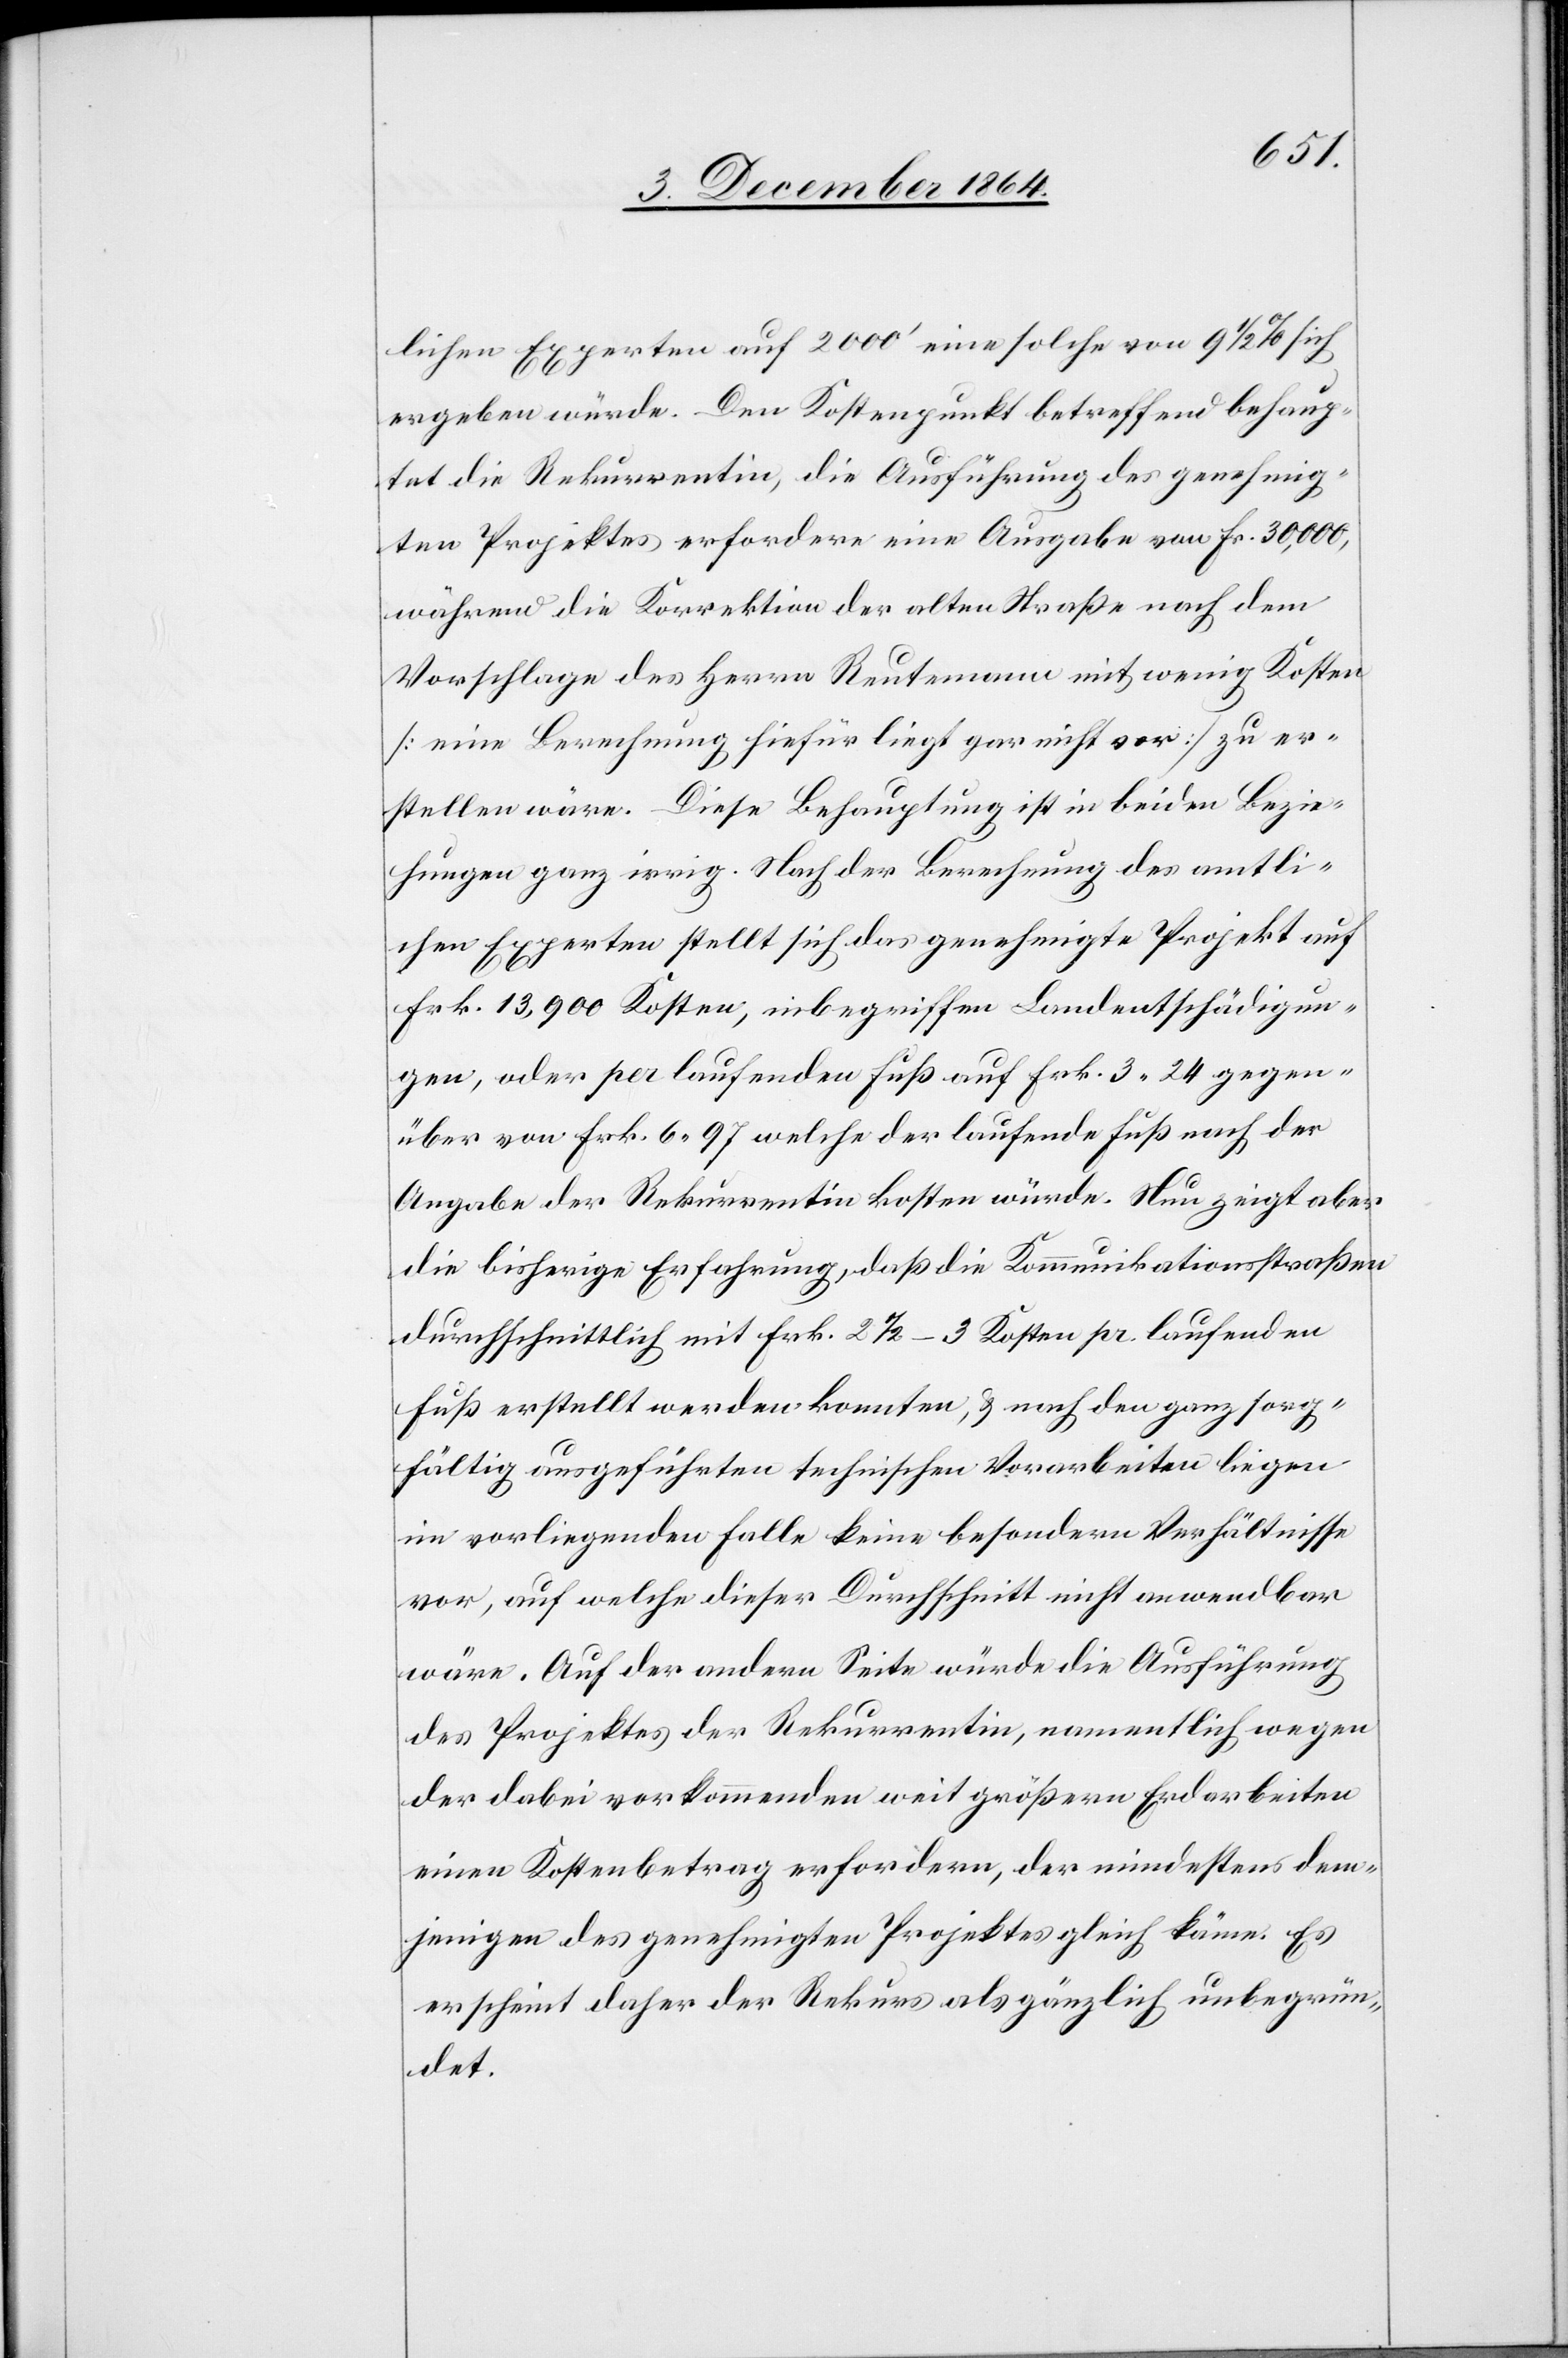
lichen Experten auf 200’ eine solche von 9 1/2% sich
ergeben würde. Den Kostenpunkt betreffend behaup¬
tet die Rekurrentin, die Ausführung des genehmig¬
ten Projektes erfordere eine Ausgabe von Fr. 30,000,
während die Korrektion der alten Straße nach dem
Vorschlage des Herrn Reutemann mit wenig Kosten
[eine Berechnung hiefür liegt gar nicht vor] zu er¬
stellen wäre. Diese Behauptung ist in beiden Bezie¬
hungen ganz irrig. Nach der Berechnung des amtli¬
chen Experten stellt sich das genehmigte Projekt auf
Frk. 13,900 Kosten, inbegriffen Landentschädigun¬
gen, oder per laufenden Fuß auf Frk. 3.24 gegen¬
über von Frk. 6.97 welche der laufende Fuß nach der
Angabe der Rekurrentin kosten würde. Nun zeigt aber
die bisherige Erfahrung, daß die Kommunikationsstraßen
durchschnittlich mit Frk. 2 1/2–3 Kosten pr. laufenden
Fuß erstellt werden konnten, & nach den ganz sorg¬
fältig ausgeführten technischen Vorarbeiten liegen
im vorliegenden Falle keine besondern Verhältnisse
vor, auf welche dieser Durchschnitt nicht anwendbar
wäre. Auf der andern Seite würde die Ausführung
des Projektes der Rekurrentin, namentlich wegen
der dabei vorkommenden weit größern Erdarbeiten
einen Kostenbetrag erfordern, der mindestens dem¬
jenigen des genehmigten Projektes gleich käme. Es
erscheint daher der Rekurs als gänzlich unbegrün¬
det.